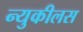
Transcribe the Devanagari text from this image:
न्युकीलस